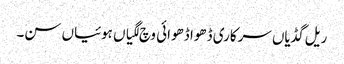
ریل گڈیاں سرکاری ڈھوا ڈھوائی وچ لگیاں ہوئیاں سن۔